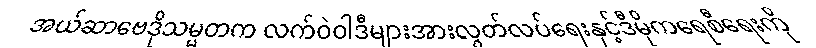
အယ်ဆာဗေဒိုသမ္မတက လက်ဝဲဝါဒီများအားလွတ်လပ်ရေးနှင့်ဒီမိုကရေစီရေးကို